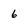
Character: 6